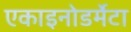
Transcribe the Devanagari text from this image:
एकाइनोडर्मेटा